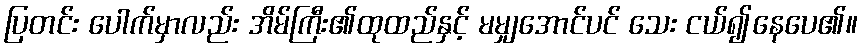
ပြတင်း ပေါက်မှာလည်း အိမ်ကြီး၏ထုထည်နှင့် မမျှအောင်ပင် သေး ငယ်၍နေပေ၏။